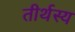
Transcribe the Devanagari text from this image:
तीर्थस्य